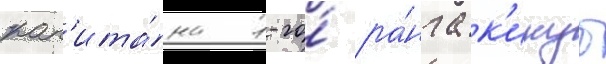
кап'ита́на 1-го́ ра́нга к'икуо